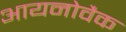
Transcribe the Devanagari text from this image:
आयनोवैक